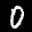
Label: 0